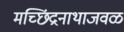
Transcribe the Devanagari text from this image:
मच्छिंद्रनाथाजवळ